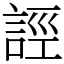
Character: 誙